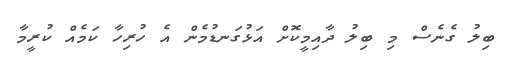
ބިލު ގެނެސް މި ބިލު ދާއިމީކޮށް އަޅުގަނޑުމެން އެ ހުރިހާ ކަމެއް ކުރީމާ